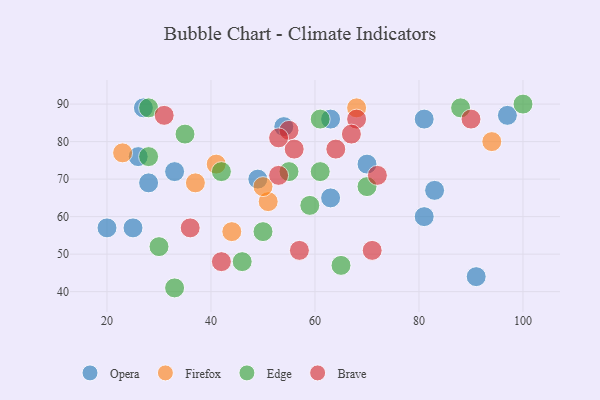
{"axis": {"x": "GDP", "y": "Life Expectancy"}, "legend": ["Brave", "Edge", "Firefox", "Opera"], "data": [{"x": "83", "y": 67, "type": "Opera"}, {"x": "20", "y": 57, "type": "Opera"}, {"x": "49", "y": 70, "type": "Opera"}, {"x": "81", "y": 86, "type": "Opera"}, {"x": "63", "y": 65, "type": "Opera"}, {"x": "70", "y": 74, "type": "Opera"}, {"x": "91", "y": 44, "type": "Opera"}, {"x": "54", "y": 84, "type": "Opera"}, {"x": "81", "y": 60, "type": "Opera"}, {"x": "26", "y": 76, "type": "Opera"}, {"x": "63", "y": 86, "type": "Opera"}, {"x": "27", "y": 89, "type": "Opera"}, {"x": "33", "y": 72, "type": "Opera"}, {"x": "25", "y": 57, "type": "Opera"}, {"x": "28", "y": 69, "type": "Opera"}, {"x": "97", "y": 87, "type": "Opera"}, {"x": "68", "y": 89, "type": "Firefox"}, {"x": "41", "y": 74, "type": "Firefox"}, {"x": "51", "y": 64, "type": "Firefox"}, {"x": "44", "y": 56, "type": "Firefox"}, {"x": "94", "y": 80, "type": "Firefox"}, {"x": "50", "y": 68, "type": "Firefox"}, {"x": "37", "y": 69, "type": "Firefox"}, {"x": "23", "y": 77, "type": "Firefox"}, {"x": "28", "y": 89, "type": "Edge"}, {"x": "88", "y": 89, "type": "Edge"}, {"x": "61", "y": 72, "type": "Edge"}, {"x": "35", "y": 82, "type": "Edge"}, {"x": "70", "y": 68, "type": "Edge"}, {"x": "59", "y": 63, "type": "Edge"}, {"x": "46", "y": 48, "type": "Edge"}, {"x": "42", "y": 72, "type": "Edge"}, {"x": "100", "y": 90, "type": "Edge"}, {"x": "28", "y": 76, "type": "Edge"}, {"x": "61", "y": 86, "type": "Edge"}, {"x": "50", "y": 56, "type": "Edge"}, {"x": "33", "y": 41, "type": "Edge"}, {"x": "55", "y": 72, "type": "Edge"}, {"x": "30", "y": 52, "type": "Edge"}, {"x": "65", "y": 47, "type": "Edge"}, {"x": "53", "y": 71, "type": "Brave"}, {"x": "90", "y": 86, "type": "Brave"}, {"x": "68", "y": 86, "type": "Brave"}, {"x": "64", "y": 78, "type": "Brave"}, {"x": "67", "y": 82, "type": "Brave"}, {"x": "71", "y": 51, "type": "Brave"}, {"x": "42", "y": 48, "type": "Brave"}, {"x": "55", "y": 83, "type": "Brave"}, {"x": "57", "y": 51, "type": "Brave"}, {"x": "56", "y": 78, "type": "Brave"}, {"x": "31", "y": 87, "type": "Brave"}, {"x": "72", "y": 71, "type": "Brave"}, {"x": "36", "y": 57, "type": "Brave"}, {"x": "53", "y": 81, "type": "Brave"}]}